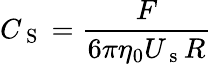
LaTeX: C_{\mathrm{~S~}}=\frac{F}{6\pi\eta_{0}U_{\mathrm{~s~}}R}